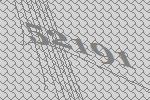
52191